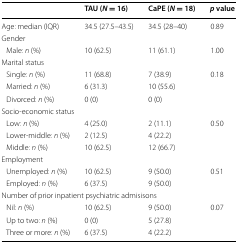
|  | TAU (N = 16) | CaPE (N = 18) | p value |
 | --- | --- | --- | --- |
 | Age: median (IQR) | 34.5 (27.5–43.5) | 34.5 (28–40) | 0.89 |
 | <COLSPAN=4> Gender |
 | Male: n (%) | 10 (62.5) | 11 (61.1) | 1.00 |
 | <COLSPAN=4> Marital status |
 | Single: n (%) | 11 (68.8) | 7 (38.9) | 0.18 |
 | Married: n (%) | 6 (31.3) | 10 (55.6) |  |
 | Divorced: n (%) | 0 (0) | 0 (0) |  |
 | <COLSPAN=4> Socio-economic status |
 | Low: n (%) | 4 (25.0) | 2 (11.1) | 0.50 |
 | Lower-middle: n (%) | 2 (12.5) | 4 (22.2) |  |
 | Middle: n (%) | 10 (62.5) | 12 (66.7) |  |
 | <COLSPAN=4> Employment |
 | Unemployed: n (%) | 10 (62.5) | 9 (50.0) | 0.51 |
 | Employed: n (%) | 6 (37.5) | 9 (50.0) |  |
 | <COLSPAN=4> Number of prior inpatient psychiatric admisisons |
 | Nil: n (%) | 10 (62.5) | 9 (50.0) | 0.07 |
 | Up to two: n (%) | 0 (0) | 5 (27.8) |  |
 | Three or more: n (%) | 6 (37.5) | 4 (22.2) |  |